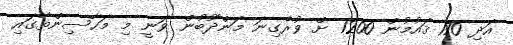
އަދި 170 ޤައުމުން 1200 ށް ވުރެގިނަ މަންދޫބުން ވަނީ މި މަހާސިންތާގައި